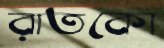
রাতকো